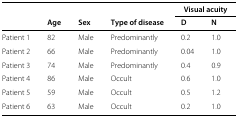
<table><thead><tr><td></td><td></td><td></td><td></td><td colspan="2"><b>Visual acuity</b></td></tr><tr><td></td><td><b>Age</b></td><td><b>Sex</b></td><td><b>Type of disease</b></td><td><b>D</b></td><td><b>N</b></td></tr></thead><tbody><tr><td>Patient 1</td><td>82</td><td>Male</td><td>Predominantly</td><td>0.2</td><td>1.0</td></tr><tr><td>Patient 2</td><td>66</td><td>Male</td><td>Predominantly</td><td>0.04</td><td>1.0</td></tr><tr><td>Patient 3</td><td>74</td><td>Male</td><td>Predominantly</td><td>0.4</td><td>0.9</td></tr><tr><td>Patient 4</td><td>86</td><td>Male</td><td>Occult</td><td>0.6</td><td>1.0</td></tr><tr><td>Patient 5</td><td>59</td><td>Male</td><td>Occult</td><td>0.5</td><td>1.2</td></tr><tr><td>Patient 6</td><td>63</td><td>Male</td><td>Occult</td><td>0.2</td><td>1.0</td></tr></tbody></table>